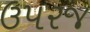
ઉપરજ